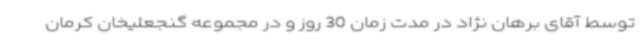
توسط آقای برهان نژاد در مدت زمان 30 روز و در مجموعه گنجعلیخان کرمان